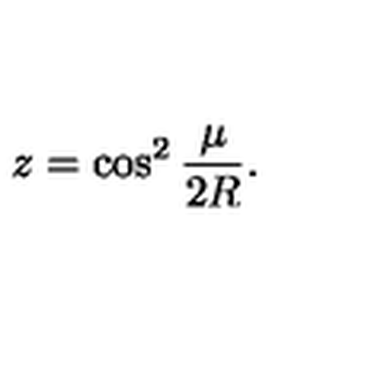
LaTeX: z = \cos ^ { 2 } \frac { \mu } { 2 R } .